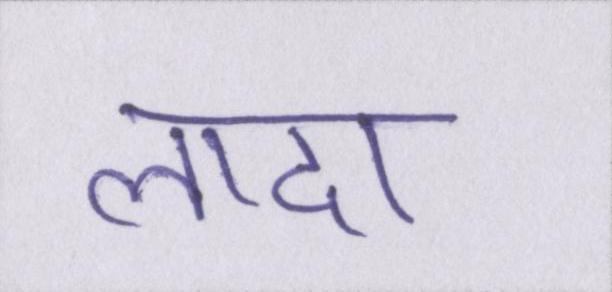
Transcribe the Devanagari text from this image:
लादा